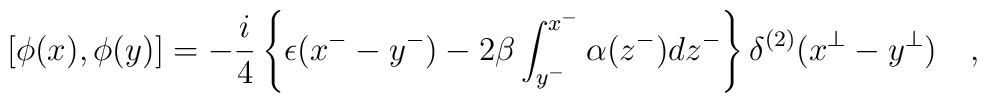
\left[\phi(x),\phi(y)\right]=-\frac{i}{4}\left\{\epsilon(x^--y^-)-2\beta \int_{y^-}^{x^-}                   \alpha(z^-)dz^- \right\}\delta^{(2)}                     (x^{\bot}-y^{\bot})\quad ,